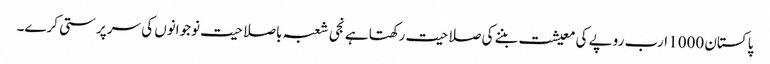
پاکستان 1000 ارب روپے کی معیشت بننے کی صلاحیت رکھتا ہے نجی شعبہ باصلاحیت نوجوانوں کی سرپرستی کرے۔